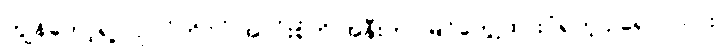
ကျွန်တော့်ရဲ့ လုပ်ပုံကိုင်ပုံ အလုံးစုံကို အနီးကပ်မြင်တွေ့ထားပုံရတဲ့ ဥရောပသား